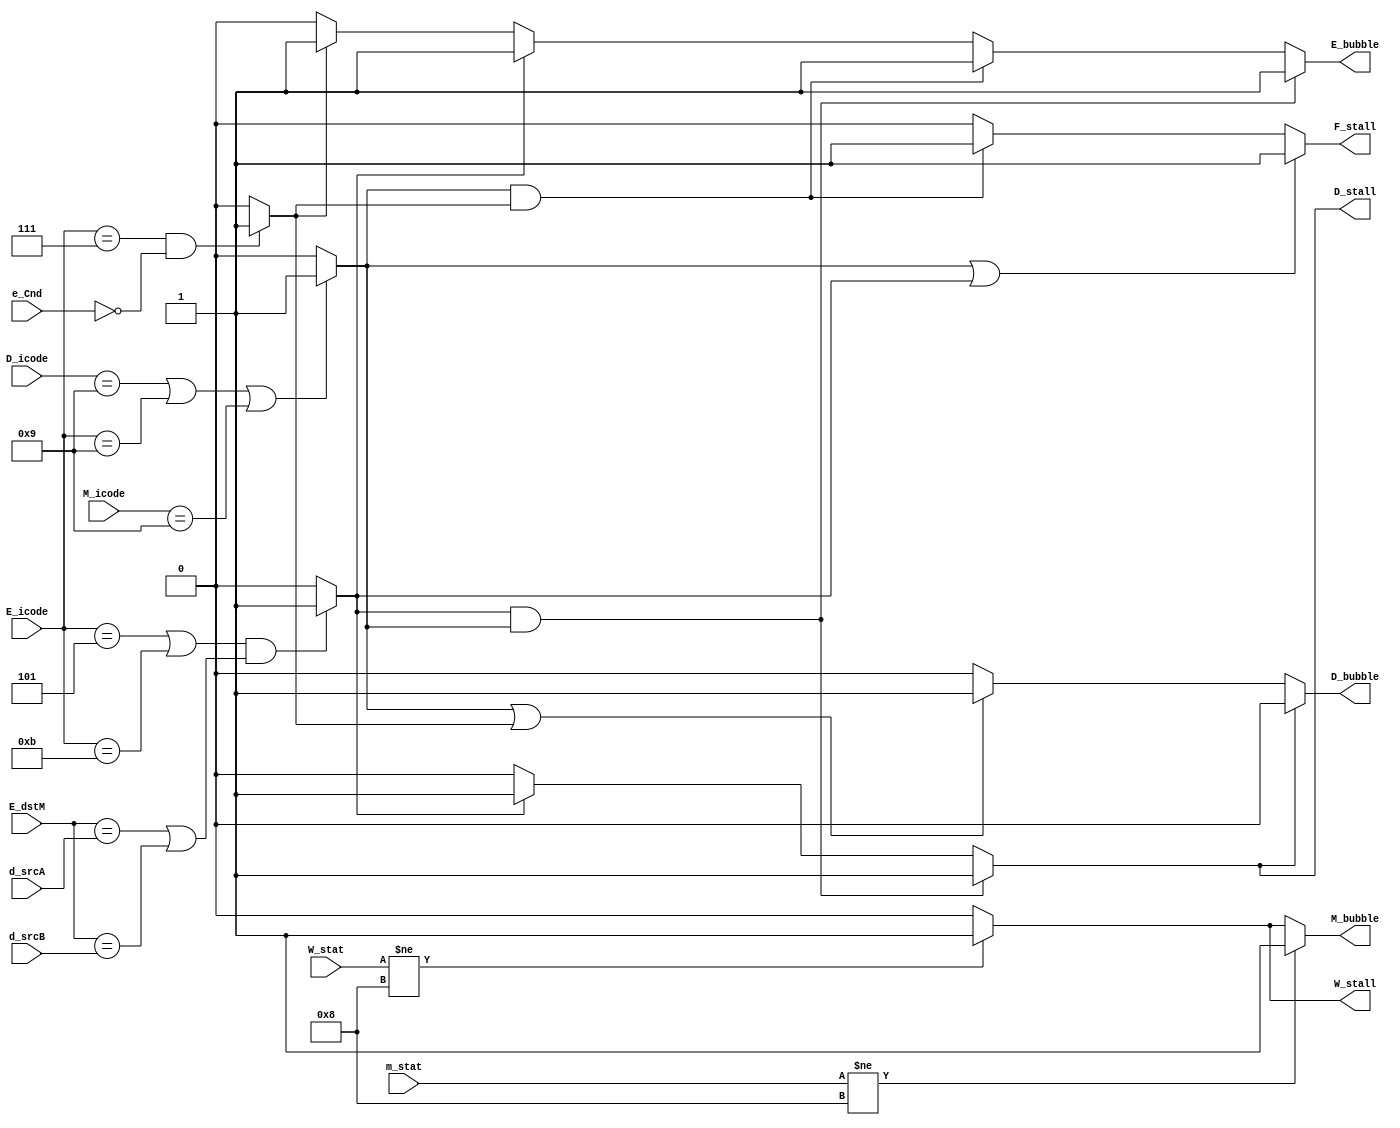
module PIPE_con(D_icode, d_srcA, d_srcB, E_icode, E_dstM, e_Cnd, M_icode, m_stat, W_stat,
                W_stall, M_bubble, E_bubble, D_bubble, D_stall, F_stall);
    // Inputs
    input [3:0] D_icode, E_icode, M_icode;
    input [3:0] d_srcA, d_srcB;
    input [3:0] E_dstM;
    input e_Cnd;
    input [3:0] m_stat, W_stat;

    // Outputs
    output reg W_stall, D_stall, F_stall;
    output reg M_bubble, E_bubble, D_bubble;

    // Hazard flags
    wire Ret;
    wire Miss_Pred;
    wire LU_Haz;

    assign Ret = (D_icode == 9 || E_icode == 9 || M_icode == 9) ? 1 : 0;
    assign LU_Haz = ((E_icode == 5 || E_icode == 11) && (E_dstM == d_srcA || E_dstM == d_srcB)) ? 1 : 0;
    assign Miss_Pred = (E_icode == 7 && e_Cnd == 0) ? 1 : 0;

    // F_stall
    always @(*) 
    begin        
        if(Ret == 1 || LU_Haz == 1) 
            begin
                F_stall <= 1;
            end
        else if (Ret == 1 && Miss_Pred == 1) 
            begin
                F_stall <= 1;
            end
        else 
            begin
                F_stall <= 0;
            end
    end

    // D_stall
    always @(*) 
    begin
        if (LU_Haz == 1 && Ret == 1) 
            begin
                D_stall <= 1;
            end
        else if (LU_Haz == 1) 
            begin
                D_stall <= 1;
            end
        else 
            begin
                D_stall <= 0;
            end
    end

    // D_bubble
    always @(*) 
    begin
        if (D_stall == 0) 
        begin
            if (Ret == 1 || Miss_Pred == 1) 
                begin
                    D_bubble <= 1;
                end
            else 
                begin
                    D_bubble <= 0;
                end
        end
        else 
            begin
                D_bubble <= 0;
            end
    end

    // E_bubble
    always @(*) 
    begin
        if (LU_Haz == 1 && Ret == 1) 
            begin
                E_bubble <= 1;
            end
        else if (Ret == 1 && Miss_Pred == 1) 
            begin
                E_bubble <= 1;
            end
        else if (LU_Haz == 1) 
            begin
                E_bubble <= 1;
            end
        else if (Miss_Pred == 1) 
            begin
                E_bubble <= 1;
            end
        else 
            begin
                E_bubble <= 0;
            end
    end

    // M_bubble
    always @(*) 
    begin
        if (m_stat != 4'b1000) 
            begin
                M_bubble <= 1;
            end
        else if (W_stat != 4'b1000) 
            begin
                M_bubble <= 1;
            end
        else 
            begin
                M_bubble <= 0;
            end
    end

    // W_stall
    always @(*) 
    begin
        if (W_stat != 4'b1000) 
            begin
                W_stall <= 1;
            end
        else
            begin
                W_stall <= 0;
            end
    end

endmodule